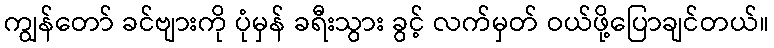
ကျွန်တော် ခင်ဗျားကို ပုံမှန် ခရီးသွား ခွင့် လက်မှတ် ဝယ်ဖို့ပြောချင်တယ်။